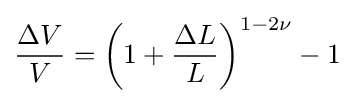
{\frac {\Delta V}{V}}=\left(1+{\frac {\Delta L}{L}}\right)^{1-2\nu }-1